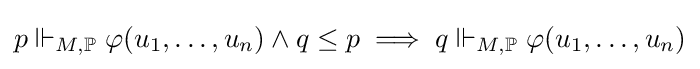
p\Vdash _{M,\mathbb {P} }\varphi (u_{1},\ldots ,u_{n})\land q\leq p\implies q\Vdash _{M,\mathbb {P} }\varphi (u_{1},\ldots ,u_{n})